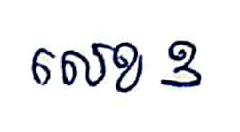
លេខ 3